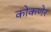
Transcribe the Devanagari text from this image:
कोकणेर